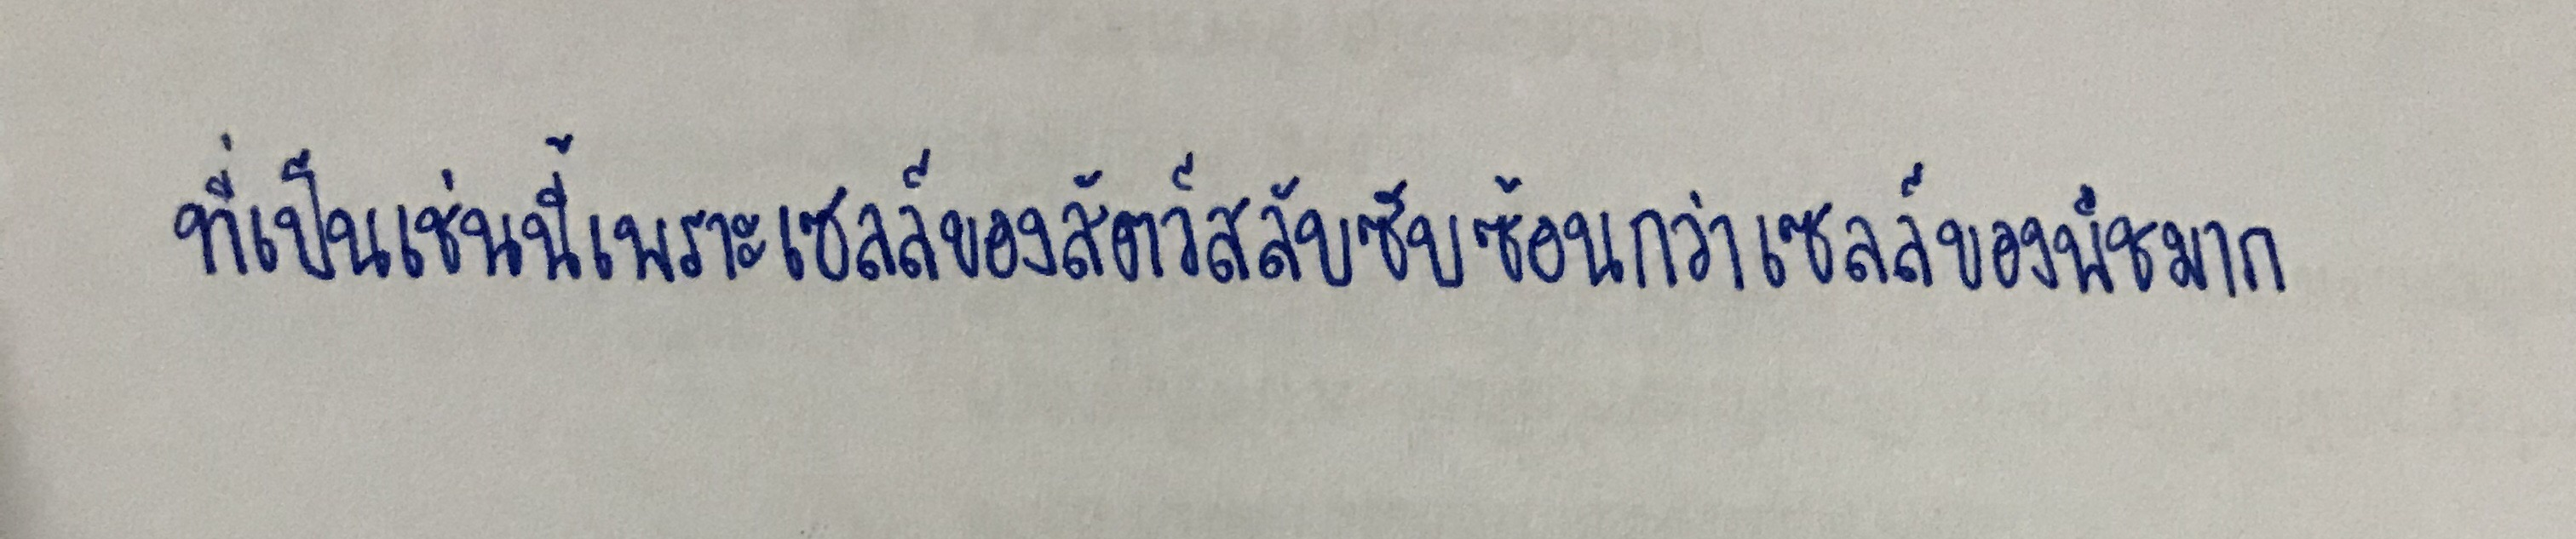
ที่เป็นเช่นนี้เพราะเซลล์ของสัตว์สลับซับซ้อนกว่าเซลล์ของพืชมาก